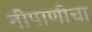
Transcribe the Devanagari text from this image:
नीपाणीचा